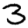
Digit: 3